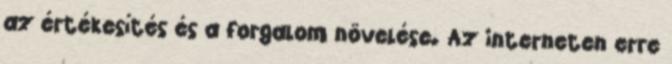
az értékesítés és a forgalom növelése. Az interneten erre